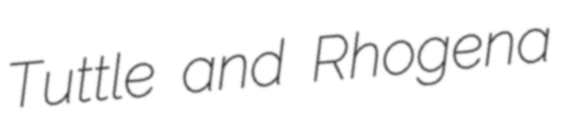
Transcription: Tuttle and Rhogena